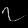
Digit: ၇